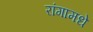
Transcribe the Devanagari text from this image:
रांगामधे